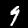
Label: 9